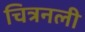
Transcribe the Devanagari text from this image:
चित्रनली